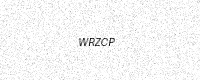
Text: WRZCP